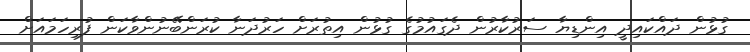
ގުޅުން ދައްކައިދީ އިންޑިޔާ ސަރުކާރުން ދެގައުމުގެ ގުޅުން އިތުރަށް ހަރުދަނާ ކުރަންބޭނުންވާކަން ފުރިހަމައަށް